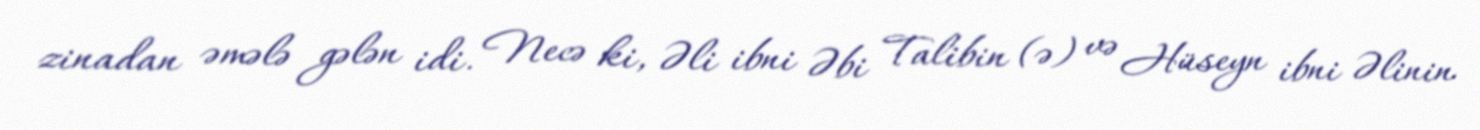
zinadan əmələ gələn idi. Necə ki, Əli ibni Əbi Talibin (ə) və Hüseyn ibni Əlinin